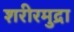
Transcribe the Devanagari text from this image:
शरीरमुद्रा